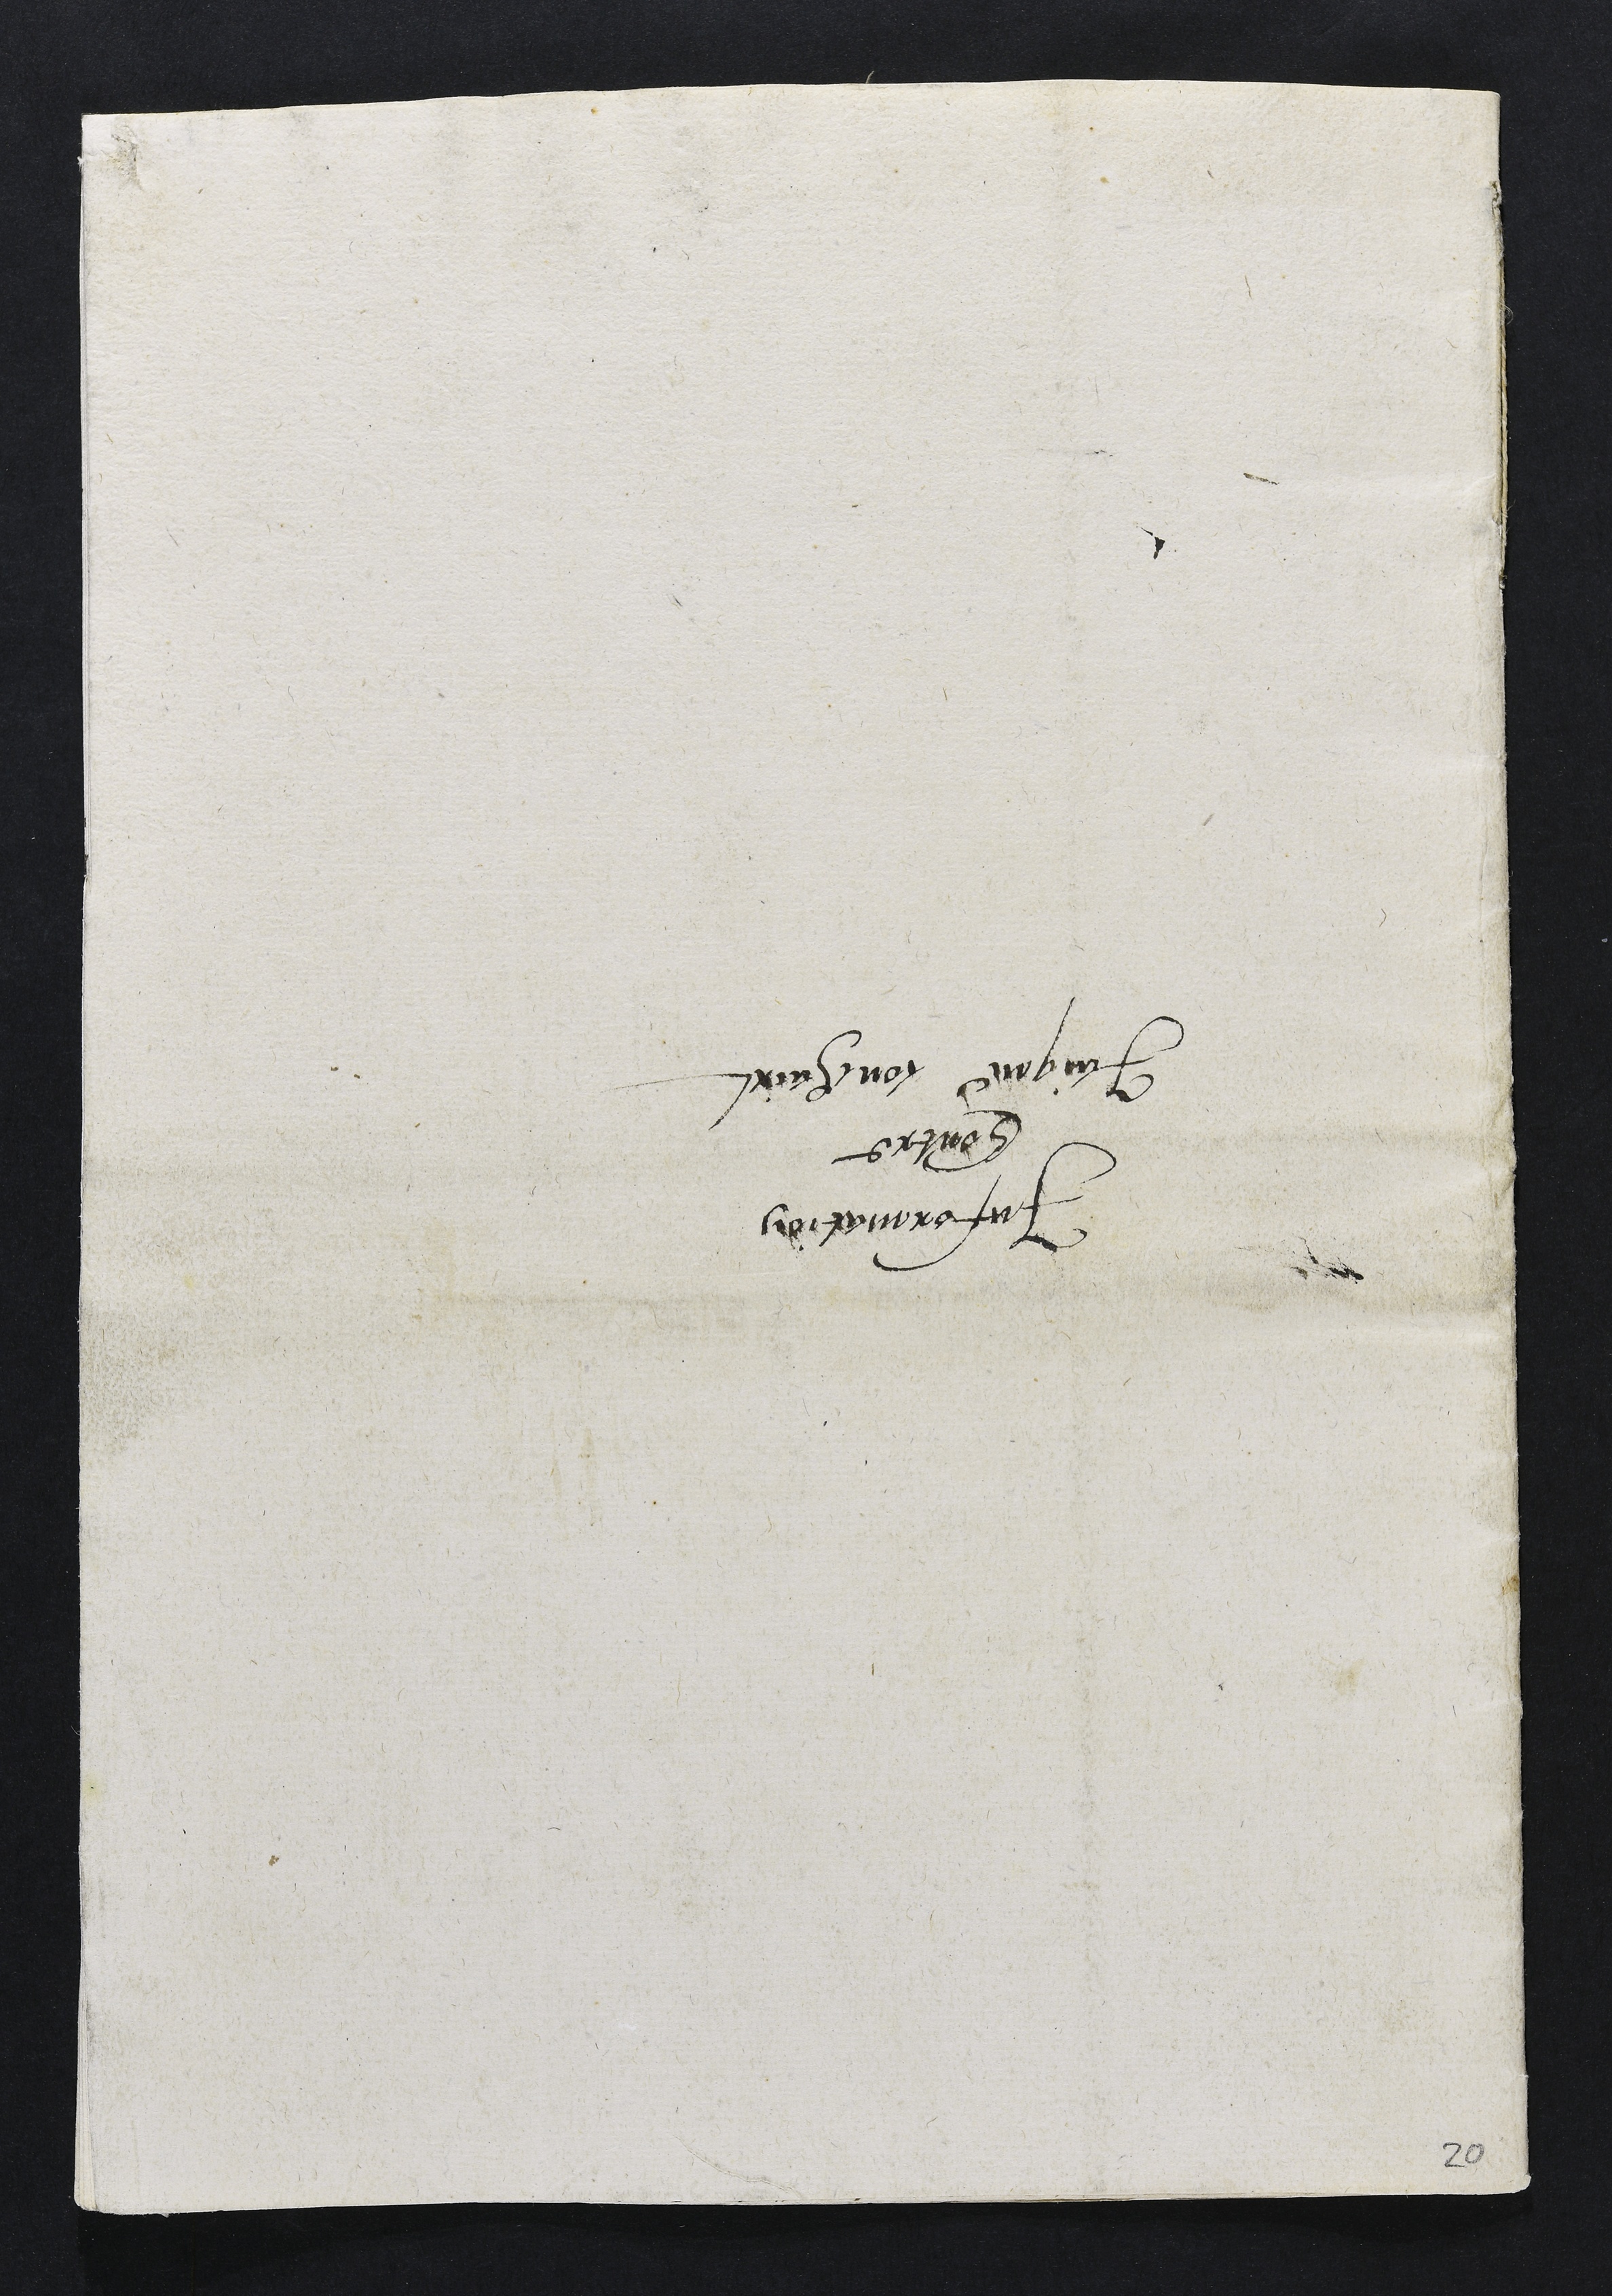
Information
Contre
Jaique couchairt
20